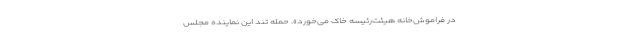
در فراموش‌خانه هیئت‌رئیسه خاک می‌خورد». حمله تند این نماینده مجلس